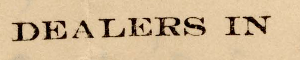
DEALERS IN